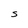
Character: S